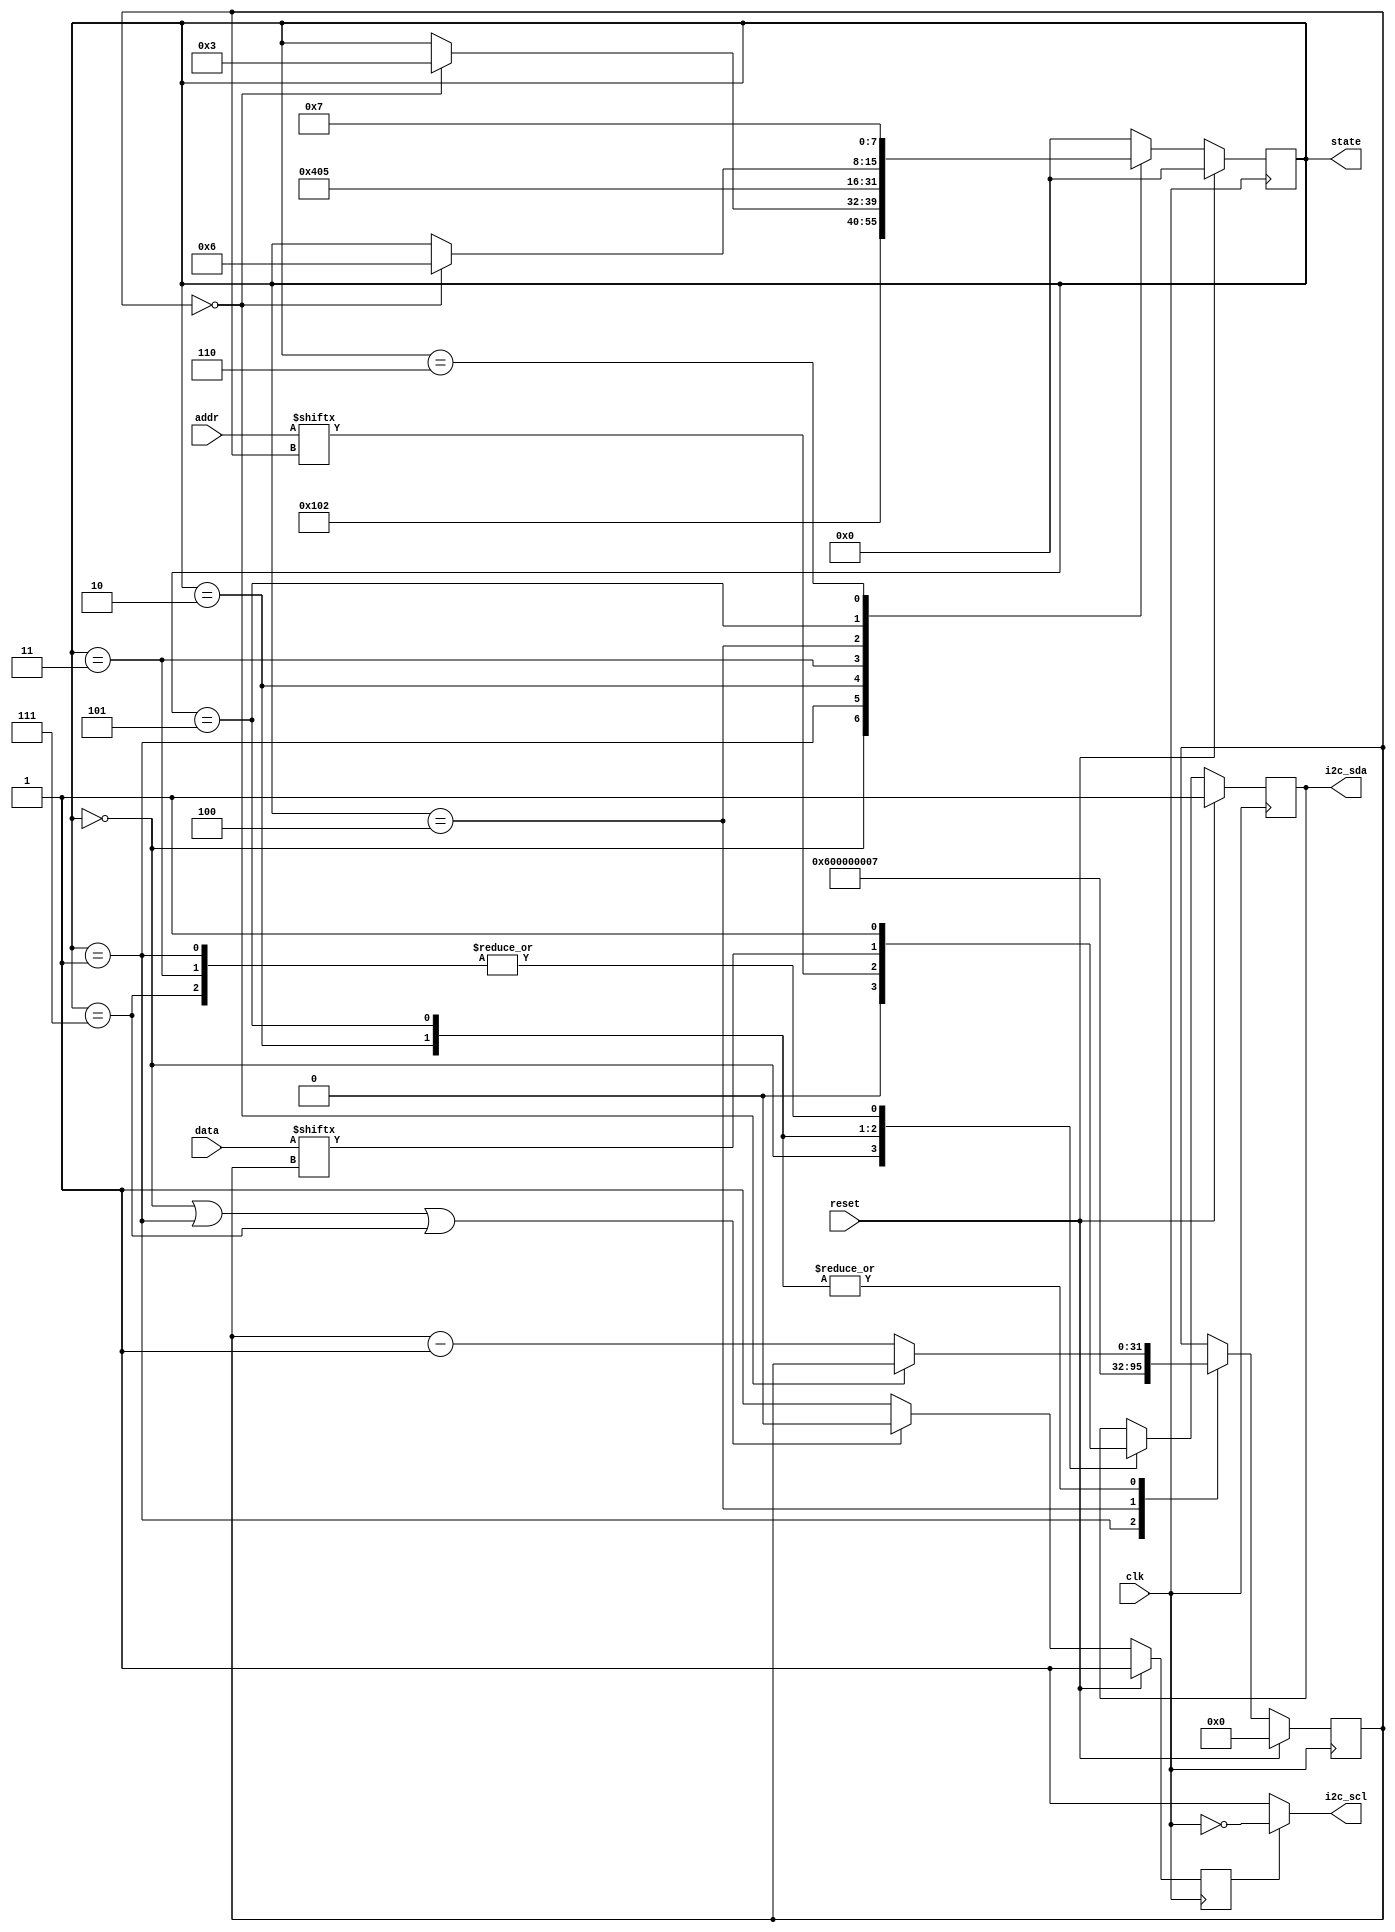
module i2c (
  input clk,
  input reset,
  input [6:0] addr,
  input [7:0] data,
  output reg i2c_sda,
  output wire i2c_scl,
  output reg [7:0] state
);


  localparam STATE_IDLE = 3'b000;
  localparam STATE_START = 3'b001;
  localparam STATE_ADDR = 3'b010;
  localparam STATE_RW = 3'b011;
  localparam STATE_WACK = 3'b100;
  localparam STATE_DATA = 3'b101;
  localparam STATE_WACK2 = 3'b110;
  localparam STATE_STOP = 3'b111;


  reg [31:0] count;
  wire clk_div;
  reg i2c_scl_enable = 1'b0;

  
  assign i2c_scl = (i2c_scl_enable == 1'b0) ? 1'b1 : ~clk;

  
  initial begin
    count[3:0] = 4'b0000;
    i2c_sda = 1'b0;
    state[2:0] = STATE_IDLE;
    count[3:0] = 4'b0110;
    i2c_sda = 1'b1;
    state[2:0] = STATE_STOP;
  end

  
  always @(negedge clk) begin
    if (reset == 1) begin
      i2c_scl_enable <= 1'b1;
    end else begin
      if ((state == STATE_IDLE) || (state == STATE_START) || (state == STATE_STOP)) begin
        i2c_scl_enable <= 1'b0;
      end else begin
        i2c_scl_enable <= 1'b1;
      end
    end
  end

 
  always @(posedge clk) begin
    if (reset == 1) begin
      state <= STATE_IDLE;
      i2c_sda <= 1'b1;
      count <= 4'b0;
    end else begin
      case (state)
        STATE_IDLE: begin
          i2c_sda <= 1'b0;
          state <= STATE_START;
        end

        STATE_START: begin
          i2c_sda <= 1'b1;
          state <= STATE_ADDR;
          count <= 6;
        end

        STATE_ADDR: begin
          i2c_sda <= addr[count];
          if (count == 0) begin
            state <= STATE_RW;
          end else begin
            count <= count - 1;
          end
        end

        STATE_RW: begin
          i2c_sda <= 1'b1;
          state <= STATE_WACK;
        end

        STATE_WACK: begin
          state <= STATE_DATA;
          count <= 7;
        end

        STATE_DATA: begin
          i2c_sda <= data[count];
          if (count == 0) begin
            state <= STATE_WACK2;
          end else begin
            count <= count - 1;
          end
        end

        STATE_WACK2: begin
          state <= STATE_STOP;
        end

        STATE_STOP: begin
          i2c_sda <= 1'b1;
          state <= STATE_IDLE;
        end

        default: begin
          state <= STATE_IDLE;
        end
      endcase
    end
  end

endmodule

module i2c_testbench;

  
  reg clk;
  reg reset;
  reg [6:0] addr;
  reg [7:0] data;

  
  wire i2c_sda;
  wire i2c_scl;
  wire [7:0] state;

 
  i2c uut (
    .clk(clk),
    .reset(reset),
    .addr(addr),
    .data(data),
    .i2c_sda(i2c_sda),
    .i2c_scl(i2c_scl),
    .state(state)
  );

 
  always begin
    #5 clk = ~clk;
  end

  
  initial begin
    clk   = 0;
    reset = 1;
    addr  = 7'b0000000; 
    data  = 8'b00000000; 
    #10;
    reset = 0;
    #10;

  
    addr = 7'b0010010; 
    data = 8'b10101010;
    #100;

    
    addr = 7'b0101100; 
    data = 8'b01010101; 
    #100;

    
    addr = 7'b0010010; 
    data = 8'b00000000; 
    #100;

    
    addr = 7'b0101100; 
    data = 8'b00000000; 
    #100;

    
    $finish;
  end

endmodule